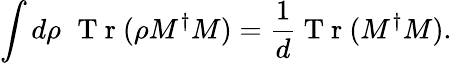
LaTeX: \int d\rho\, \, \mathrm{~T~r~}(\rho M^{\dagger}M)=\frac{1}{d}\mathrm{~T~r~}(M^{\dagger}M).